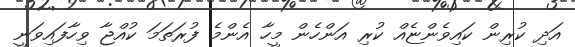
އަދި ކުރިން ކައިވެންޏެއް ކުރި އަންހެން މީހާ އެންމެ ފުރަތަމަ ކުއްޖާ ވިހާފައިވަނީ